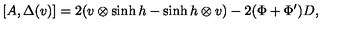
[ A , \Delta ( v ) ] = 2 ( v \otimes \sinh h - \sinh h \otimes v ) - 2 ( \Phi + \Phi ^ { \prime } ) D ,